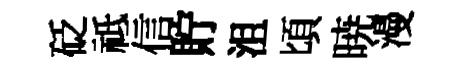
砭祗信貯沮頃暁漫